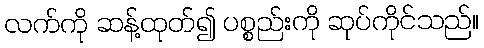
လက်ကို ဆန့်ထုတ်၍ ပစ္စည်းကို ဆုပ်ကိုင်သည်။